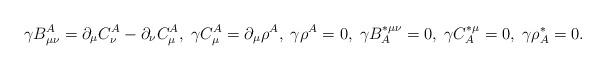
LaTeX: \begin{align*}\gamma B^A_{\mu \nu} = \partial_\mu C^A_\nu - \partial_\nu C^A_\mu, \;\gamma C^A_\mu = \partial_\mu \rho^A, \; \gamma \rho^A = 0, \; \gamma B^{* \mu \nu}_A = 0, \; \gamma C^{* \mu}_A = 0, \;\gamma \rho^*_A = 0.\end{align*}